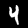
Label: 4